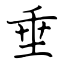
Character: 垂